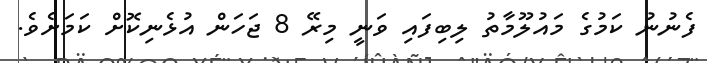
ފެނުނު ކަމުގެ މައުލޫމާތު ލިބިފައި ވަނީ މިރޭ 8 ޖަހަން އުޅެނިކޮށް ކަމަށެވެ.